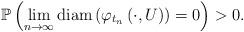
LaTeX: \begin{align*}\mathbb{P} \left( \lim_{n \rightarrow \infty} \textrm{diam} \left( \varphi_{t_n} \left( \cdot, U \right) \right) = 0 \right) > 0.\end{align*}